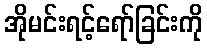
အိုမင်းရင့်ရော်ခြင်းကို